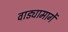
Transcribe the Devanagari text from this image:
वाड्यामार्गे